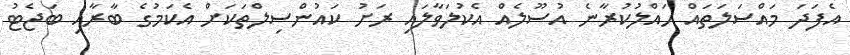
އެފަދަ މައްސަލަތައް ހައްލުކުރާނެ އުސޫލެއް އެކުލަވާލައި ރަށު ކައުންސިލްތަކަށް އެކަމުގެ ބާރާއި ބަޖެޓު